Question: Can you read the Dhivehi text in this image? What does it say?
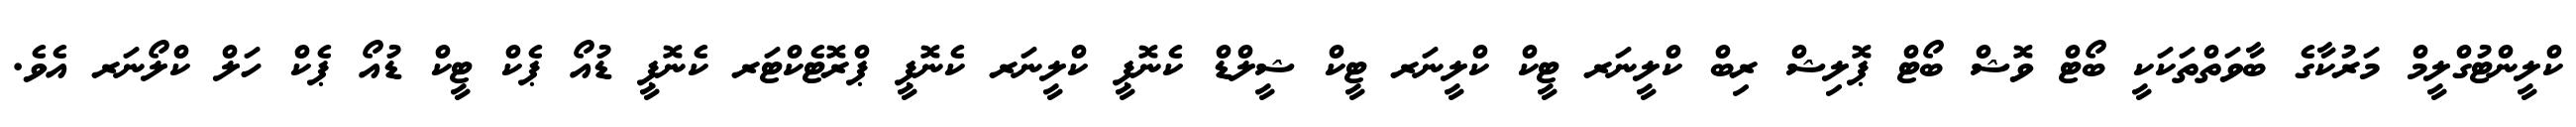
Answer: ކްލީންޓުގްލީމް މަރުކާގެ ބާވަތްތަކަކީ ބޯޓް ވޮޝް ބޯޓް ޕޮލިޝް ރިބް ކްލީނަރ ޓީކް ކްލީނަރ ޓީކް ޝީލްޑް ކެނޮޕީ ކްލީނަރ ކެނޮޕީ ޕްރޮޓެކްޓަރ ކެނޮޕީ ޑުއޯ ޕެކް ޓީކް ޑުއޯ ޕެކް ހަލް ކްލޯނަރ އެވެ.